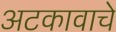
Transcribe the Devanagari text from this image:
अटकावाचे